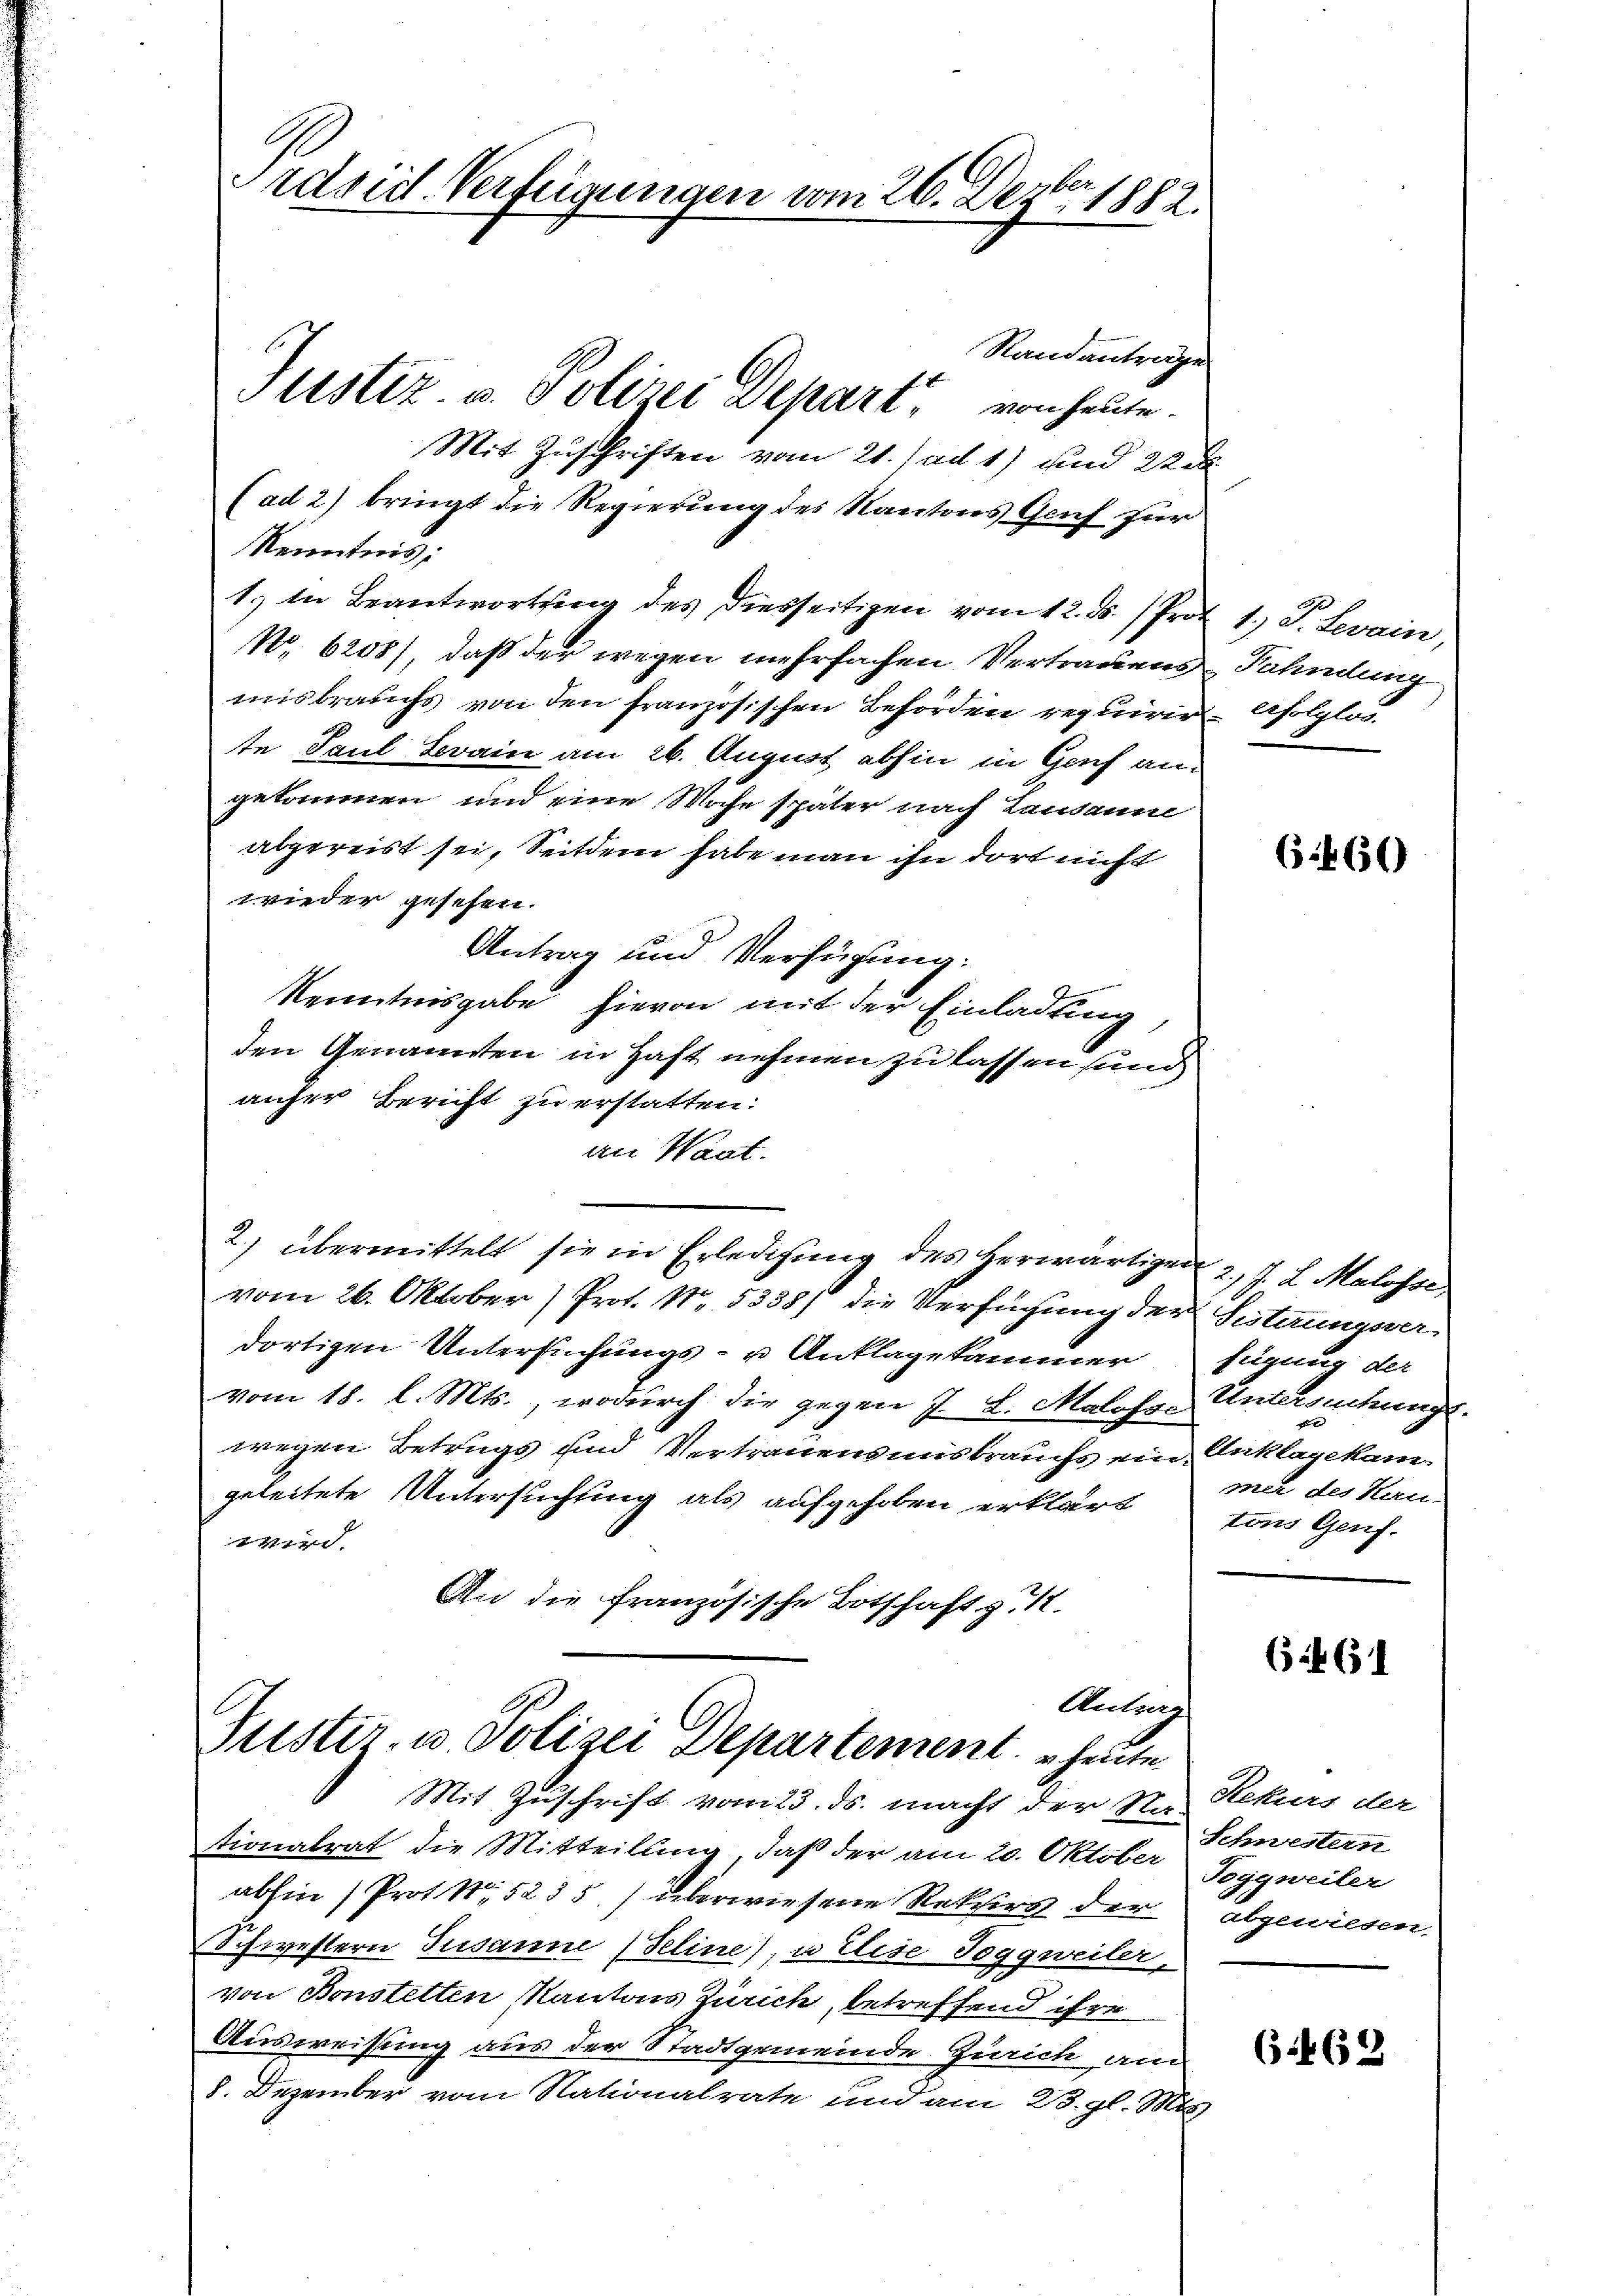
Trdsid. Verfeigungen vom 26. Derber 1882.
Randanträge
Justiz- u. Polizei Depart
von heute
Mit Zuschriften vom 21. ad 1) und 22 n
(ad 2) bringt die Regierung des Kantons Genf zur

Kenntnis:
1. in Beantwortung des diesseitigen vom 12. ds. Prot
N. 6208), daß der wegen mehrfachen Vertrauens
misbrauchs von den französischen Behörden requirir
te Paul Krain am 26. August abhin in Genf an
gekommen und eine Woche später nach Lausanne
abgereist sei, Seitdem habe man ihn dort nicht
Antrag und Verfügung.
Kenntnisgabe
den Genannten in Haft nehmen zu lassen sund.
auher Bericht zu erstatten.
an Waat.
2) übermittelt sie in Erledigung des herwärtigen
vom 26. Oktober) Prot. Nr. 5338) die Verfügung der
dortigen Untersuchungs- u Anklagekammer
vom 18. l. Mts., wodurch die gegen J. L. Malohre
wegen Betrugs und Vertrauensmisbrauchs ein-
geleitete Untersuchtung als aufgehoben erklärt
dir.
An die französische Botschaft zu 1.

wieder gesehen.

hievon mit der Einladung

Antrag
Justiz- u. Polizei Departement. – heute
Mit Zuschrift vom 23. ds. macht der Na
tionalrat die Mitteilung, daß der am 20. Oktober

abhin (Prot. S. 523 5.) überwiesene Rektion der
Schwestern Susanne (Seline), u Elise Toggweiler,
von Bonstetten, Kantons Zürich, betreffend ihre
Ausweisung aus der Stadtgemeinde Zürich am
8. Dezember vom Nationalrate und am 23. gl. Mit

1.) J. Levain,
Fahndung
erfolglos.

63. 66)

2.) J. L. Malosse
Festirungsver-
fügung der
Untersuchung.
s
Anklagekam.
mer des Hern.
tons Genf.

(35 (1

Rekurs der
Schwestern
Toggweiter
abgewiesen.

63. 63